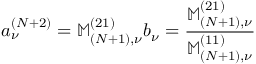
a _ { \nu } ^ { ( N + 2 ) } = \mathbb { M } _ { ( N + 1 ) , \nu } ^ { ( 2 1 ) } b _ { \nu } = \frac { \mathbb { M } _ { ( N + 1 ) , \nu } ^ { ( 2 1 ) } } { \mathbb { M } _ { ( N + 1 ) , \nu } ^ { ( 1 1 ) } }